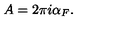
A = 2 \pi i \alpha _ { F } .